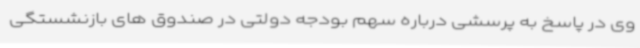
وی در پاسخ به پرسشی درباره سهم بودجه دولتی در صندوق های بازنشستگی